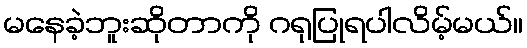
မနေခဲ့ဘူးဆိုတာကို ဂရုပြုရပါလိမ့်မယ်။